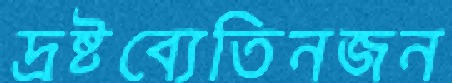
দ্রষ্টব্যেতিনজন